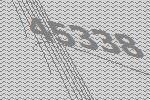
45338